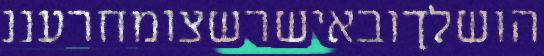
הושלךובאישרשצומחרעננ